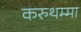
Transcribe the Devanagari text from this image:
करुथम्मा